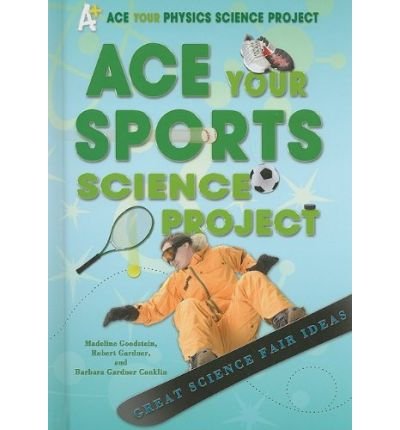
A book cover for Ace Your Sports Science Project: Great Science Fair Ideas (Ace Your Physics Science Project) (Hardback) - Common; By (author) Robert Gardner, By (author) Barbara Gardner Conklin By (author) Madeline Goodstein; Sports & Outdoors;